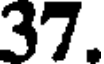
37.